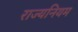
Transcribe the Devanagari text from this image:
राज्यनियम